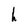
Character: h